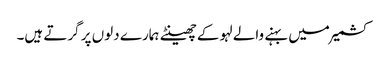
کشمیر میں بہنے والے لہو کے چھینٹے ہمارے دلوں پر گرتے ہیں۔